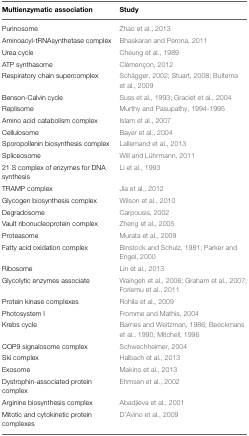
<table><thead><tr><td><b>Multienzymatic association</b></td><td><b>Study</b></td></tr></thead><tbody><tr><td>Purinosome</td><td>Zhao et al., 2013</td></tr><tr><td>Aminoacyl-tRNAsynthetase complex</td><td>Bhaskaran and Perona, 2011</td></tr><tr><td>Urea cycle</td><td>Cheung et al., 1989</td></tr><tr><td>ATP synthasome</td><td>Clémençon, 2012</td></tr><tr><td>Respiratory chain supercomplex</td><td>Schägger, 2002; Stuart, 2008; Bultema et al., 2009</td></tr><tr><td>Benson-Calvin cycle</td><td>Suss et al., 1993; Graciet et al., 2004</td></tr><tr><td>Replisome</td><td>Murthy and Pasupathy, 1994-1995</td></tr><tr><td>Amino acid catabolism complex</td><td>Islam et al., 2007</td></tr><tr><td>Cellulosome</td><td>Bayer et al., 2004</td></tr><tr><td>Sporopollenin biosynthesis complex</td><td>Lallemand et al., 2013</td></tr><tr><td>Spliceosome</td><td>Will and Lührmann, 2011</td></tr><tr><td>21 S complex of enzymes for DNA synthesis</td><td>Li et al., 1993</td></tr><tr><td>TRAMP complex</td><td>Jia et al., 2012</td></tr><tr><td>Glycogen biosynthesis complex</td><td>Wilson et al., 2010</td></tr><tr><td>Degradosome</td><td>Carpousis, 2002</td></tr><tr><td>Vault ribonucleoprotein complex</td><td>Zheng et al., 2005</td></tr><tr><td>Proteasome</td><td>Murata et al., 2009</td></tr><tr><td>Fatty acid oxidation complex</td><td>Binstock and Schulz, 1981; Parker and Engel, 2000</td></tr><tr><td>Ribosome</td><td>Lin et al., 2013</td></tr><tr><td>Glycolytic enzymes associate</td><td>Waingeh et al., 2006; Graham et al., 2007; Forlemu et al., 2011</td></tr><tr><td>Protein kinase complexes</td><td>Rohila et al., 2009</td></tr><tr><td>Photosystem I</td><td>Fromme and Mathis, 2004</td></tr><tr><td>Krebs cycle</td><td>Barnes and Weitzman, 1986; Beeckmans et al., 1990; Mitchell, 1996</td></tr><tr><td>COP9 signalosome complex</td><td>Schwechheimer, 2004</td></tr><tr><td>Ski complex</td><td>Halbach et al., 2013</td></tr><tr><td>Exosome</td><td>Makino et al., 2013</td></tr><tr><td>Dystrophin-associated protein complex</td><td>Ehmsen et al., 2002</td></tr><tr><td>Arginine biosynthesis complex</td><td>Abadjieva et al., 2001</td></tr><tr><td>Mitotic and cytokinetic protein complexes</td><td>D&#x27;Avino et al., 2009</td></tr></tbody></table>